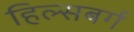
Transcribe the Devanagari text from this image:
हिल्सबर्ग